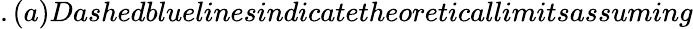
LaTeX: .(a)Dashedbluelinesindicatetheoreticallimitsassuming